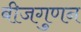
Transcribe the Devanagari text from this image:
बीजगुणन